Report on the bubonic plague in Bombay, 1896-1897
Year: 1896
Disease focus: Plague
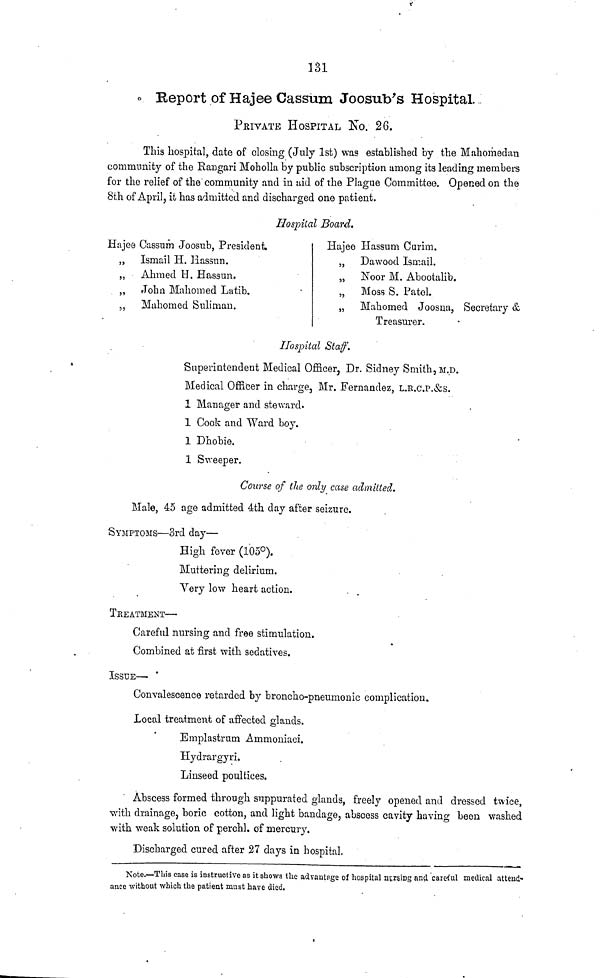
131
Report of Hajee Cassum Joosub's Hospital.
PRIVATE HOSPITAL No. 26.
This hospital, date of closing (July 1st) was established by the Mahomedan
community of the Rangari Moholla by public subscription among its leading members
for the relief of the community and in aid of the Plague Committee. Opened on the
8th of April, it has admitted and discharged one patient.
Hospital Board.
Hajee Cassum Joosub, President.
„ Ismail H. Hassun.
„ Ahmed H. Hassun.
„ John Mahomed Latib.
,,
Mahomed Sulimau.
Hajee Hassum Curim.
,, Da wood Ismail.
„ Noor M. Abootalib.
„ Moss S. Patel.
„ Mahomed Joosna, Secretary &
Treasurer.
Hospital Staff.
Superintendent Medical Officer, Dr. Sidney Smith, M.D.
Medical Officer in charge, Mr. Fernandez, L.R.C.P.&S.
1 Manager and steward.
1 Cook and Ward boy.
1 Dhobie.
1 Sweeper.
Course of the only case admitted.
Male, 45 age admitted 4th day after seizure.
SYMPTOMS—3rd day—
High fever (105°).
Muttering delirium.
Very low heart action.
TREATMENT—
Careful nursing and free stimulation.
Combined at first with sedatives.
ISSUE—
Convalescence retarded by broncho-pneumonic complication.
Local treatment of affected glands.
Emplastrum Ammoniaci.
Hydrargyri.
Linseed poultices.
Abscess formed through suppurated glands, freely opened and dressed twice,
with drainage, boric cotton, and light bandage, abscess cavity having been washed
with weak solution of perchl. of mercury.
Discharged cured after 27 days in hospital.
Note.—This case is instructive as it shows the advantage of hospital nursing and careful medical attend-
ance without which the patient must have died.